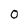
Character: 0